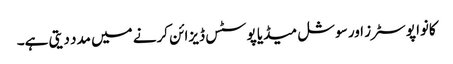
کانوا پوسٹرز اور سوشل میڈیا پوسٹس ڈیزائن کرنے میں مدد دیتی ہے۔